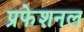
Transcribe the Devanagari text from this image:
प्रफेशनल